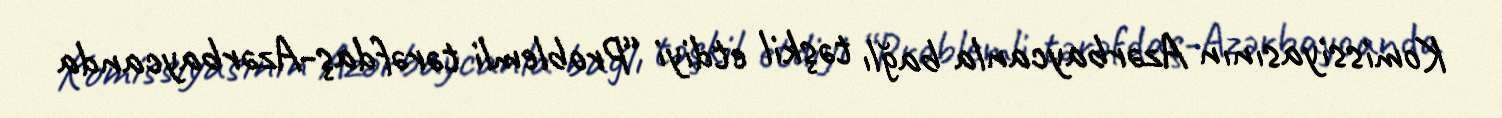
Komissiyasının Azərbaycanla bağlı təşkil etdiyi “Problemli tərəfdaş-Azərbaycanda